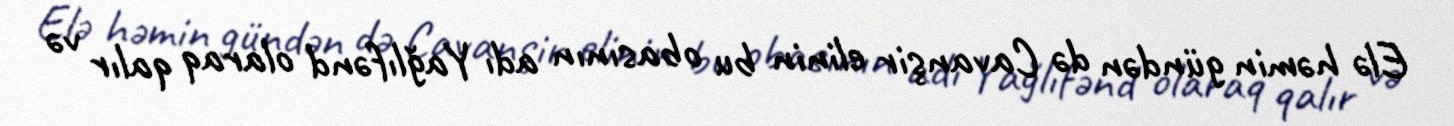
Elə həmin gündən də Cavanşir elinin bu obasının adı Yağlıfənd olaraq qalır və